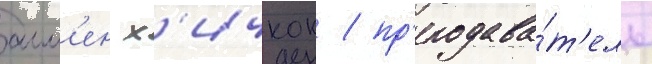
алл'ен х'ичкок / пр'еподава́т'ель